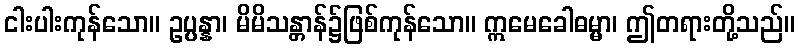
ငါးပါးကုန်သော။ ဥပ္ပန္နာ၊ မိမိသန္တာန်၌ဖြစ်ကုန်သော။ ဣမေခေါဓမ္မာ၊ ဤတရားတို့သည်။